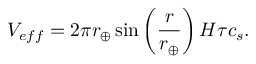
V _ { e f f } = 2 \pi r _ { \oplus } \sin \left( \frac { r } { r _ { \oplus } } \right) H \tau c _ { s } .